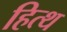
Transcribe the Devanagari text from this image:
हित्थ